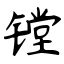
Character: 镗